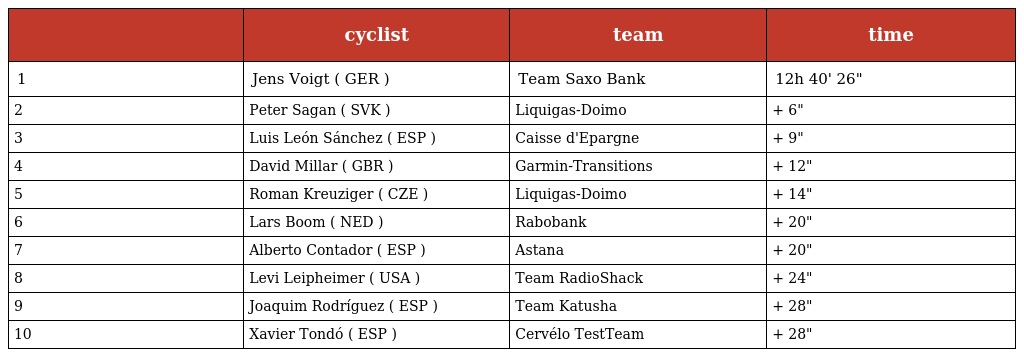
|  | cyclist | team | time |
 | --- | --- | --- | --- |
 | 1 | Jens Voigt ( GER ) | Team Saxo Bank | 12h 40' 26" |
 | 2 | Peter Sagan ( SVK ) | Liquigas-Doimo | + 6" |
 | 3 | Luis León Sánchez ( ESP ) | Caisse d'Epargne | + 9" |
 | 4 | David Millar ( GBR ) | Garmin-Transitions | + 12" |
 | 5 | Roman Kreuziger ( CZE ) | Liquigas-Doimo | + 14" |
 | 6 | Lars Boom ( NED ) | Rabobank | + 20" |
 | 7 | Alberto Contador ( ESP ) | Astana | + 20" |
 | 8 | Levi Leipheimer ( USA ) | Team RadioShack | + 24" |
 | 9 | Joaquim Rodríguez ( ESP ) | Team Katusha | + 28" |
 | 10 | Xavier Tondó ( ESP ) | Cervélo TestTeam | + 28" |